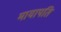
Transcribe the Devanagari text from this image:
मायापति